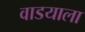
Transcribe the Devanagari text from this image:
वाडयाला